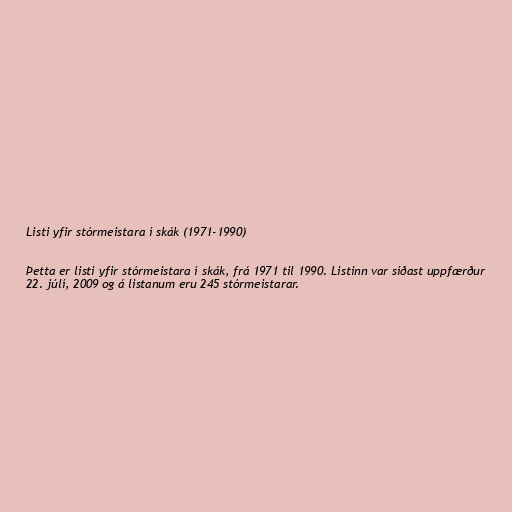
Listi yfir stórmeistara í skák (1971-1990)

Þetta er listi yfir stórmeistara í skák, frá 1971 til 1990. Listinn var síðast uppfærður
22. júlí, 2009 og á listanum eru 245 stórmeistarar.